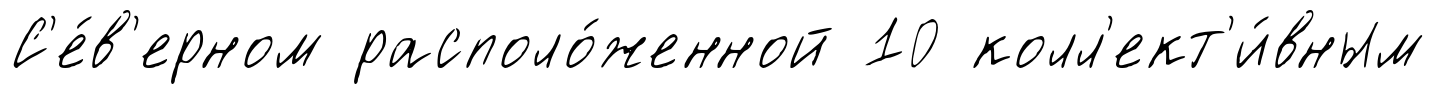
С'е́в'ерном располо́женной 10 колл'ект'и́вным